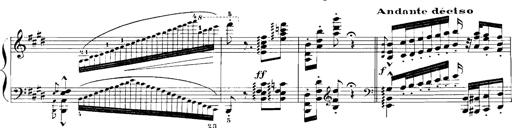
Title: Rhapsodies hongroises
Composer: Franz Liszt